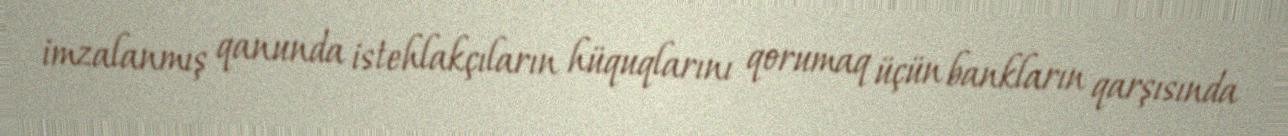
imzalanmış qanunda istehlakçıların hüquqlarını qorumaq üçün bankların qarşısında